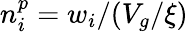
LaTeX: n_{i}^{p}=w_{i}/(V_{g}/\xi)